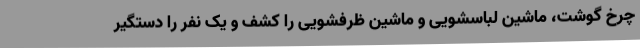
چرخ گوشت، ماشین لباسشویی و ماشین ظرفشویی را کشف و یک نفر را دستگیر